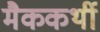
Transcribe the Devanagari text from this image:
मैककर्थी